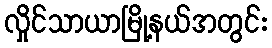
လှိုင်သာယာမြို့နယ်အတွင်း